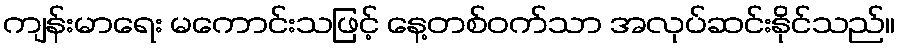
ကျန်းမာရေး မကောင်းသဖြင့် နေ့တစ်ဝက်သာ အလုပ်ဆင်းနိုင်သည်။